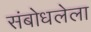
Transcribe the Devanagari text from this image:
संबोधलेला